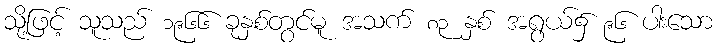
သို့ဖြင့် သူသည် ၁၉၆၆ ခုနှစ်တွင်မူ အသက် ၈၃ နှစ် အရွယ်၌ ၉၆ ပါးသော